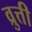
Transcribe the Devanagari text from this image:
व्रुत्ती